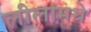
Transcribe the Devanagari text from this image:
लीलांमधे